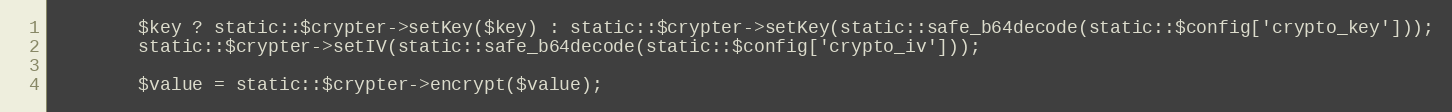
Language: PHP
		$key ? static::$crypter->setKey($key) : static::$crypter->setKey(static::safe_b64decode(static::$config['crypto_key']));
		static::$crypter->setIV(static::safe_b64decode(static::$config['crypto_iv']));

		$value = static::$crypter->encrypt($value);